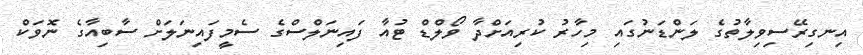
އިނގިރޭސިވިލާތުގެ ލަންޑަނުގައި މިހާރު ކުރިއަށްދާ ވޯލްޑް ޓުއާ ފައިނަލްސްގެ ސެމީފައިނަލަށް ސާބިއާގެ ނޮވަކް